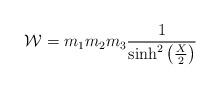
LaTeX: \begin{align*}{\cal W}=m_{1}m_{2}m_{3}\frac{1}{\sinh^{2}\left(\frac{X}{2}\right)}\end{align*}